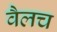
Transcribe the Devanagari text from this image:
वैलच